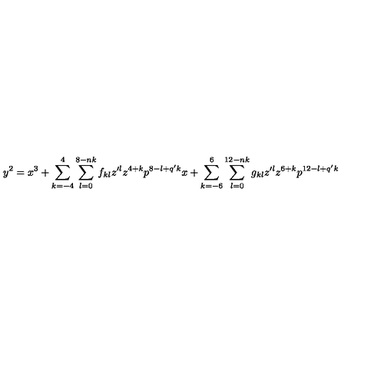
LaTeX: y ^ { 2 } = x ^ { 3 } + \sum _ { k = - 4 } ^ { 4 } \sum _ { l = 0 } ^ { 8 - n k } f _ { k l } z ^ { \prime l } z ^ { 4 + k } p ^ { 8 - l + q ^ { \prime } k } x + \sum _ { k = - 6 } ^ { 6 } \sum _ { l = 0 } ^ { 1 2 - n k } g _ { k l } z ^ { \prime l } z ^ { 6 + k } p ^ { 1 2 - l + q ^ { \prime } k }